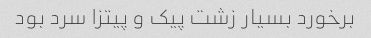
برخورد بسیار زشت پیک و پیتزا سرد بود